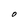
Character: O